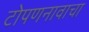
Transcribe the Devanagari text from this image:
टोपणनावाचा